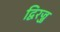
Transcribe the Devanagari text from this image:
द्विरज्जु